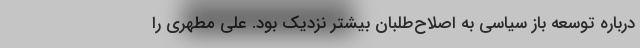
درباره توسعه باز سیاسی به اصلاح‌طلبان بیشتر نزدیک بود. علی مطهری را